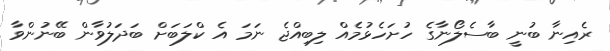
ރެއިނާ ބުނީ ބާސެލޯނާގެ ހުށަހެޅުމެއް ލިބިއްޖެ ނަމަ އެ ކްލަބަށް ބަދަލުވާން ބޭނުންވާ